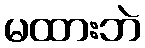
မထားဘဲ